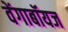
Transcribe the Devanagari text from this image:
वेंगाबॉयज